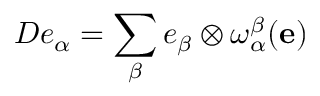
D e _ { \alpha } = \sum _ { \beta } e _ { \beta } \otimes \omega _ { \alpha } ^ { \beta } ( \mathbf { e } )